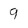
Character: 9